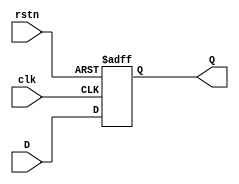
module D_ff (
    input clk, rstn, D,
    output Q
);
    reg Q_next, Q_reg;

    always @(*) begin
        Q_next = D;
    end
 
    always @(posedge clk, negedge rstn) begin
        if (!rstn) 
            Q_reg <= 0;
        else
            Q_reg <= Q_next;
    end

    assign Q = Q_reg;
endmodule